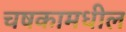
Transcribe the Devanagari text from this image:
चषकामधील